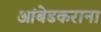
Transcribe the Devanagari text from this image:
आंबेडकराना